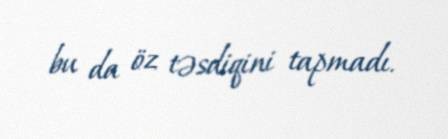
bu da öz təsdiqini tapmadı.